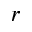
r